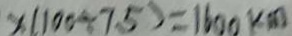
x ( 1 0 0 \div 7 . 5 ) = 1 6 0 0 k m